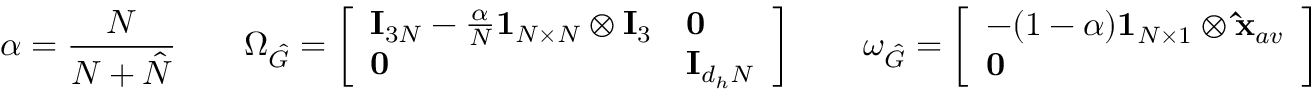
\alpha = \frac { N } { N + \hat { N } } \quad \quad \Omega _ { \hat { G } } = \left[ \begin{array} { l l } { \mathbf { I } _ { 3 N } - \frac { \alpha } { N } \mathbf { 1 } _ { N \times N } \otimes \mathbf { I } _ { 3 } } & { \mathbf { 0 } } \\ { \mathbf { 0 } } & { \mathbf { I } _ { d _ { h } N } } \end{array} \right] \quad \quad \omega _ { \hat { G } } = \left[ \begin{array} { l } { - ( 1 - \alpha ) \mathbf { 1 } _ { N \times 1 } \otimes \mathbf { \hat { x } } _ { a v } } \\ { \mathbf { 0 } } \end{array} \right]